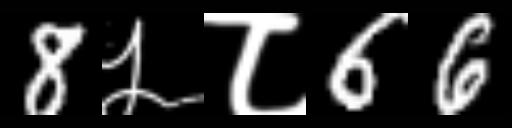
Text: 8५८66